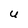
Character: u